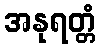
အနုရတ္တံ